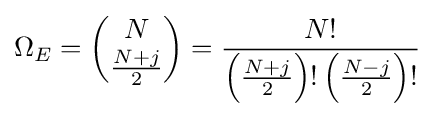
\Omega _{E}={\binom {N}{\frac {N+j}{2}}}={\frac {N!}{\left({\frac {N+j}{2}}\right)!\left({\frac {N-j}{2}}\right)!}}